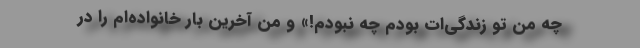
چه من تو زندگی‌ات بودم چه نبودم!» و من آخرین بار خانواده‌ام را در